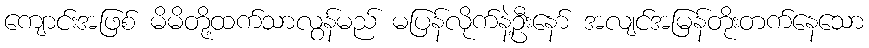
ကျောင်းအဖြစ် မိမိတို့ထက်သာလွန်မည် မပြန်လိုက်နဲ့ဦးနော် အလျင်အမြန်တိုးတက်နေသော